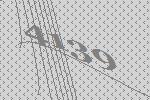
4139